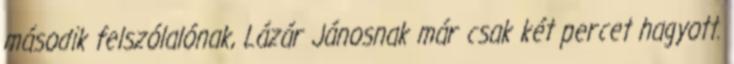
második felszólalónak, Lázár Jánosnak már csak két percet hagyott.